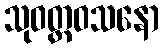
သုဝတ္ထဝသနော